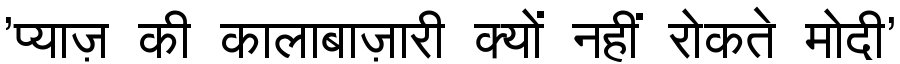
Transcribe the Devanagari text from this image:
'प्याज़ की कालाबाज़ारी क्यों नहीं रोकते मोदी'